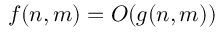
~ f ( n , m ) = O ( g ( n , m ) )